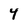
Character: 4